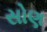
સોણ